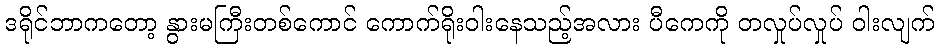
ဒရိုင်ဘာကတော့ နွားမကြီးတစ်ကောင် ကောက်ရိုးဝါးနေသည့်အလား ပီကေကို တလှုပ်လှုပ် ဝါးလျက်